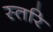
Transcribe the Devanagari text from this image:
स्तरि